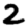
Digit: 2